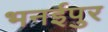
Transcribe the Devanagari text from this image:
भनईपुर